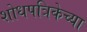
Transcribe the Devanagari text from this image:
शोधपत्रिकेच्या